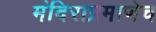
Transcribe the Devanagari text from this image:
मंदिराप्रमाणेच